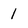
Character: 1